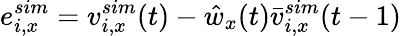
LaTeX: e_{i,x}^{sim}=v_{i,x}^{sim}(t)-\hat{w}_{x}(t)\bar{v}_{i,x}^{sim}(t-1)